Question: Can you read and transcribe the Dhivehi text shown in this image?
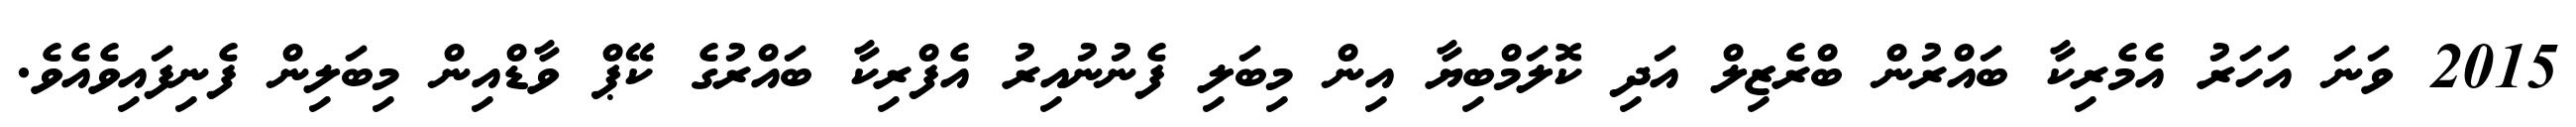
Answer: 2015 ވަނަ އަހަރު އެމެރިކާ ބައްރުން ބްރެޒިލް އަދި ކޮލަމްބިޔާ އިން މިބަލި ފެނުނުއިރު އެފްރިކާ ބައްރުގެ ކޭޕް ވާޑްއިން މިބަލިން ފެނިފައިވެއެވެ.